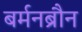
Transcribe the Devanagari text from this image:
बर्मनब्रौन